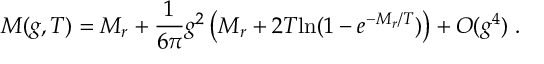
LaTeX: M ( g , T ) = M _ { r } + \frac { 1 } { 6 \pi } g ^ { 2 } \left( M _ { r } + 2 T \mathrm { l n } ( 1 - e ^ { - M _ { r } / T } ) \right) + { \cal O } ( g ^ { 4 } ) \; .